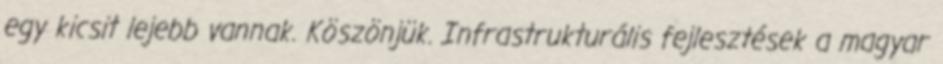
egy kicsit lejebb vannak. Köszönjük. Infrastrukturális fejlesztések a magyar